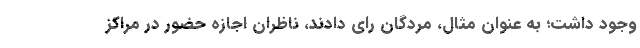
وجود داشت؛ به عنوان مثال، مردگان رای دادند، ناظران اجازه حضور در مراکز